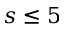
s \leq 5